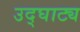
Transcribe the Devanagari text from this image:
उद्घाट्य